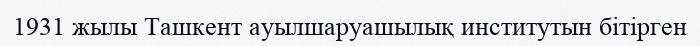
1931 жылы Ташкент ауылшаруашылық институтын бітірген